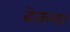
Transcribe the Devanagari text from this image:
ढेकवा